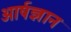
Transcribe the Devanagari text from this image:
आर्षज्ञान